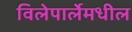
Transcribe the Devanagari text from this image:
विलेपार्लेमधील